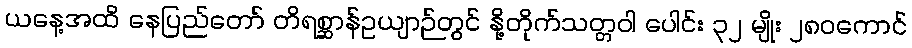
ယနေ့အထိ နေပြည်တော် တိရစ္ဆာန်ဥယျာဉ်တွင် နို့တိုက်သတ္တဝါ ပေါင်း ၃၂ မျိုး ၂၈၀ကောင်